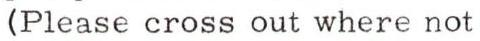
(Please cross out where not